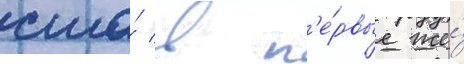
сша́ в п'е́рвые же́